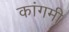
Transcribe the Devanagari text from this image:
कांगमी